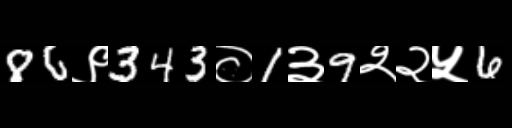
Text: 86९343०1३9२२५6